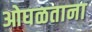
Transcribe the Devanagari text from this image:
ओघळताना